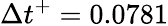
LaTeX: \Delta t^{+}=0.0781